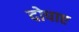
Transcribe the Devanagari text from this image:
दोपाए